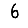
Digit: 6